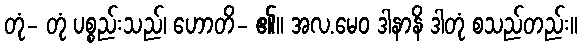
တုံ- တုံ ပစ္စည်းသည်၊ ဟောတိ- ၏။ အလ.မေဝ ဒါနာနိ ဒါတုံ စသည်တည်း။